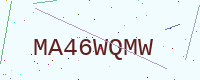
Text: MA46WQMW